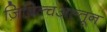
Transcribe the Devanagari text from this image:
ज़िबिल्चअल्तून